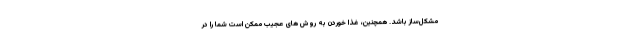
مشکل‌ساز باشد. همچنین، غذا خوردن به روش های عجیب ممکن است شما را در